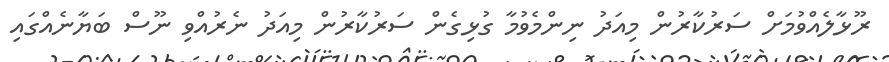
ރޫޅާލެއްވުމަށް ސަރުކާރުން މިއަދު ނިންމެވުމާ ގުޅިގެން ސަރުކާރުން މިއަދު ނެރުއްވި ނޫސް ބަޔާނެއްގައި